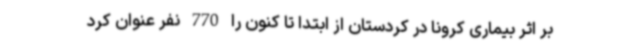
بر اثر بیماری کرونا در کردستان از ابتدا تا کنون را 770 نفر عنوان کرد